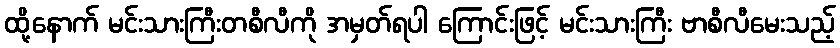
ထို့နောက် မင်းသားကြီးတစီလီကို အမှတ်ရပါ ကြောင်းဖြင့် မင်းသားကြီး ဗာစီလီမေးသည့်